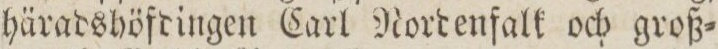
häradshöfdingen Carl Nordenfalk och groß=